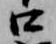
口